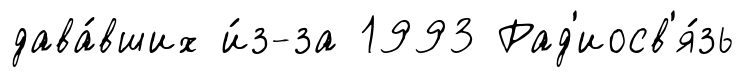
дава́вших и́з-за 1993 Рад'иосв'я́зь